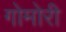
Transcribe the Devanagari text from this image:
गोमोरी